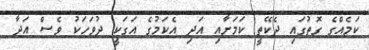
ކަމެއްގެ ގޮތުގައި ދެކޭތީ ކަމަށާއި އަދި އެކަމުގެ އަގަކީ ދުވަހަކު ވެސް އަދާ